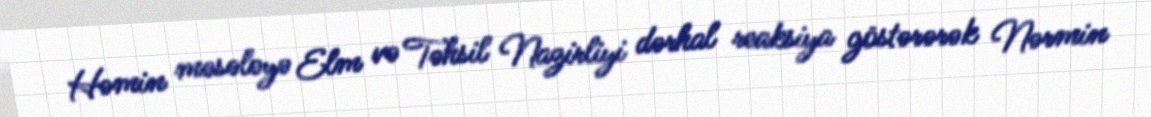
Həmin məsələyə Elm və Təhsil Nazirliyi dərhal reaksiya göstərərək Nərmin